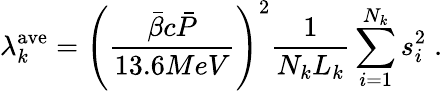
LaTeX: \lambda_{k}^{\mathrm{ave}}=\left(\frac{\bar{\beta}c\bar{P}}{13.6MeV}\right)^{2}\frac{1}{N_{k}L_{k}}\sum_{i=1}^{N_{k}}{s_{i}^{2}}\; .